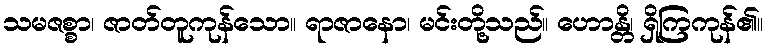
သမဇစ္စာ၊ ဇာတ်တူကုန်သော။ ရာဇာနော၊ မင်းတို့သည်။ ဟောန္တိ၊ ရှိကြကုန်၏။